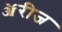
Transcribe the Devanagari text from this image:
ॲरीज